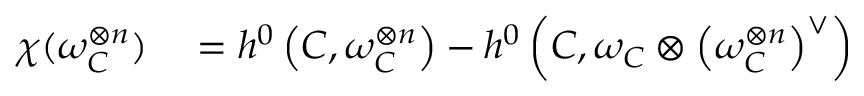
\begin{array} { r l } { \chi ( \omega _ { C } ^ { \otimes n } ) } & { { } = h ^ { 0 } \left( C , \omega _ { C } ^ { \otimes n } \right) - h ^ { 0 } \left( C , \omega _ { C } \otimes \left( \omega _ { C } ^ { \otimes n } \right) ^ { \vee } \right) } \end{array}